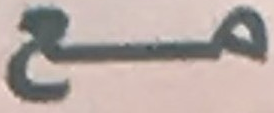
مع